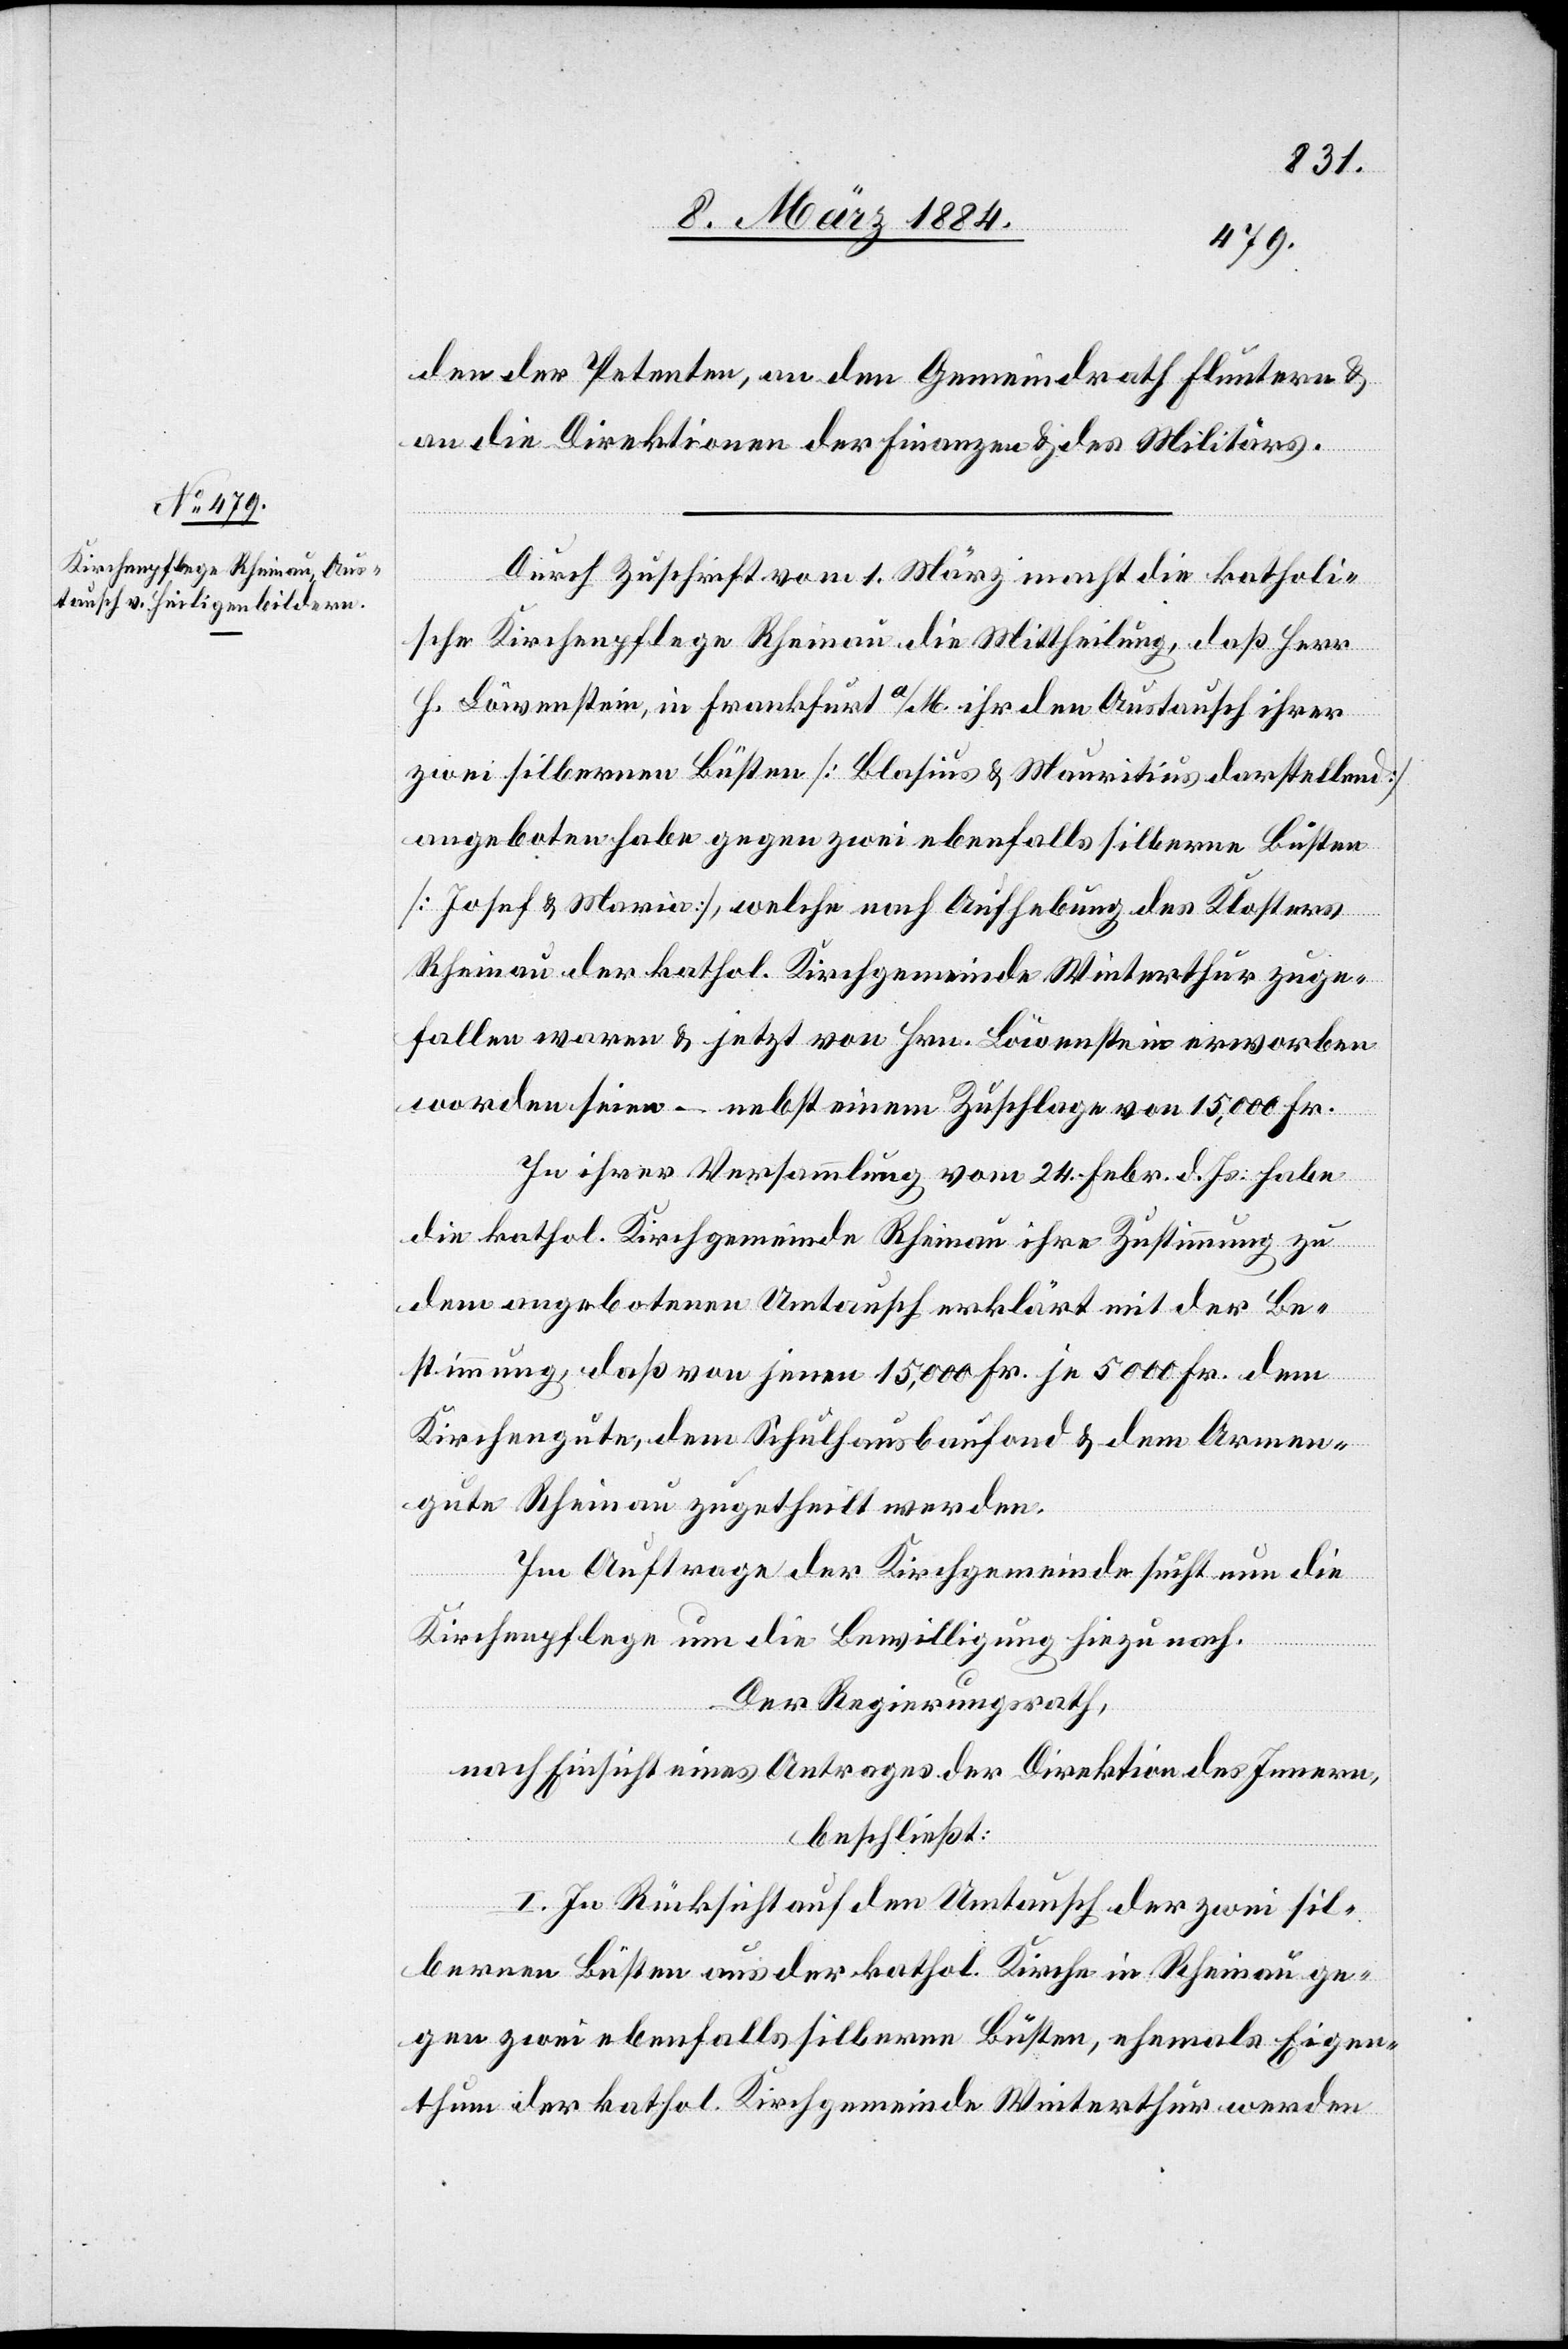
den der Petenten, an den Gemeindrath Fluntern &
an die Direktionen der Finanzen & des Militärs.
Durch Zuschrift vom 1. März macht die katholi¬
sche Kirchenpflege Rheinau die Mittheilung, daß Herr
H. Löwenstein, in Frankfurt a/M. ihr den Austausch ihrer
zwei silbernen Büsten [Blasius & Mauritius darstellend]
angeboten habe gegen zwei ebenfalls silberne Büsten
[Josef & Maria], welche nach Aufhebung des Klosters
Rheinau der kathol. Kirchengemeinde Winterthur zuge¬
fallen waren & jetzt von Hrn. Löwenstein erworben
worden seien – nebst einem Zuschlage von 15,000 Fr.
In Ihrer Versammlung vom 24. Febr. d. Js. habe
die kathol. Kirchengemeinde Rheinau ihre Zustimmung zu
dem angebotenen Umtausch erklärt mit der Be¬
stimmung, daß von jenen 15,000 Fr. je 5000 Fr. dem
Kirchengute, dem Schulhausbaufond & dem Armen¬
gute Rheinau zugetheilt werden.
Im Auftrage der Kirchengemeinde sucht nun die
Kirchenpflege um die Bewilligung hiezu nach.
Der Regierungsrath,
nach Einsicht eines Antrages der Direktion des Innern,
beschließt:
I. In Rücksicht auf den Umtausch der zwei sil¬
bernen Büsten aus der kathol. Kirche in Rheinau ge¬
gen zwei ebenfalls silberne Büsten, ehemals Eigen¬
thum der kathol. Kirchgemeinde Winterthur werden